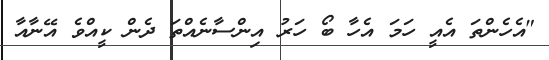
"އެހެންތަ އެއީ ހަމަ އެހާ ބޯ ހަރު އިންސާނެއްތަ ދެން ކީއްވެ އޭނާއާ